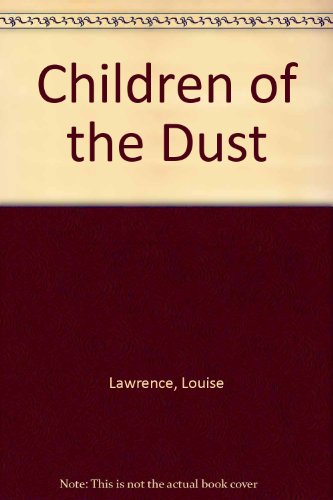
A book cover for Children of the Dust; Louise Lawrence; Teen & Young Adult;